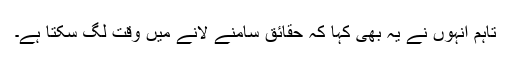
تاہم انہوں نے یہ بھی کہا کہ حقائق سامنے لانے میں وقت لگ سکتا ہے۔